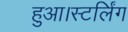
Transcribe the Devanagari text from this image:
हुआ।स्टर्लिंग